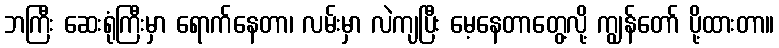
ဘကြီး ဆေးရုံကြီးမှာ ရောက်နေတာ၊ လမ်းမှာ လဲကျပြီး မေ့နေတာတွေ့လို့ ကျွန်တော် ပို့ထားတာ။